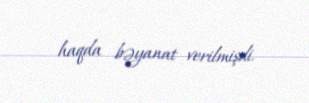
haqda bəyanat verilmişdi.